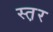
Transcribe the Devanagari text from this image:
स्त़र